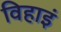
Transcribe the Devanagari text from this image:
विहाइं